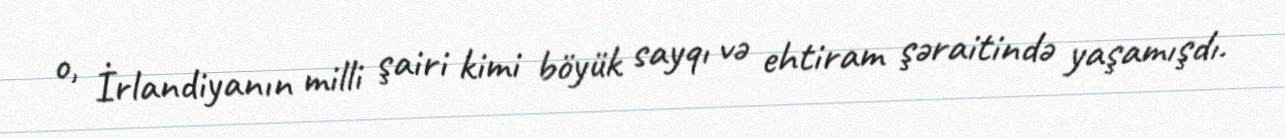
o, İrlandiyanın milli şairi kimi böyük sayqı və ehtiram şəraitində yaşamışdı.